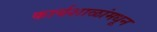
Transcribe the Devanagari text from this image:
कार्यशाळांमधून